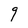
Character: 9